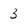
Character: 3